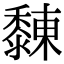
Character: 䵔